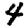
Digit: 4